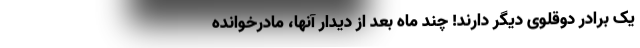
یک برادر دوقلوی دیگر دارند! چند ماه بعد از دیدار آنها، مادرخوانده